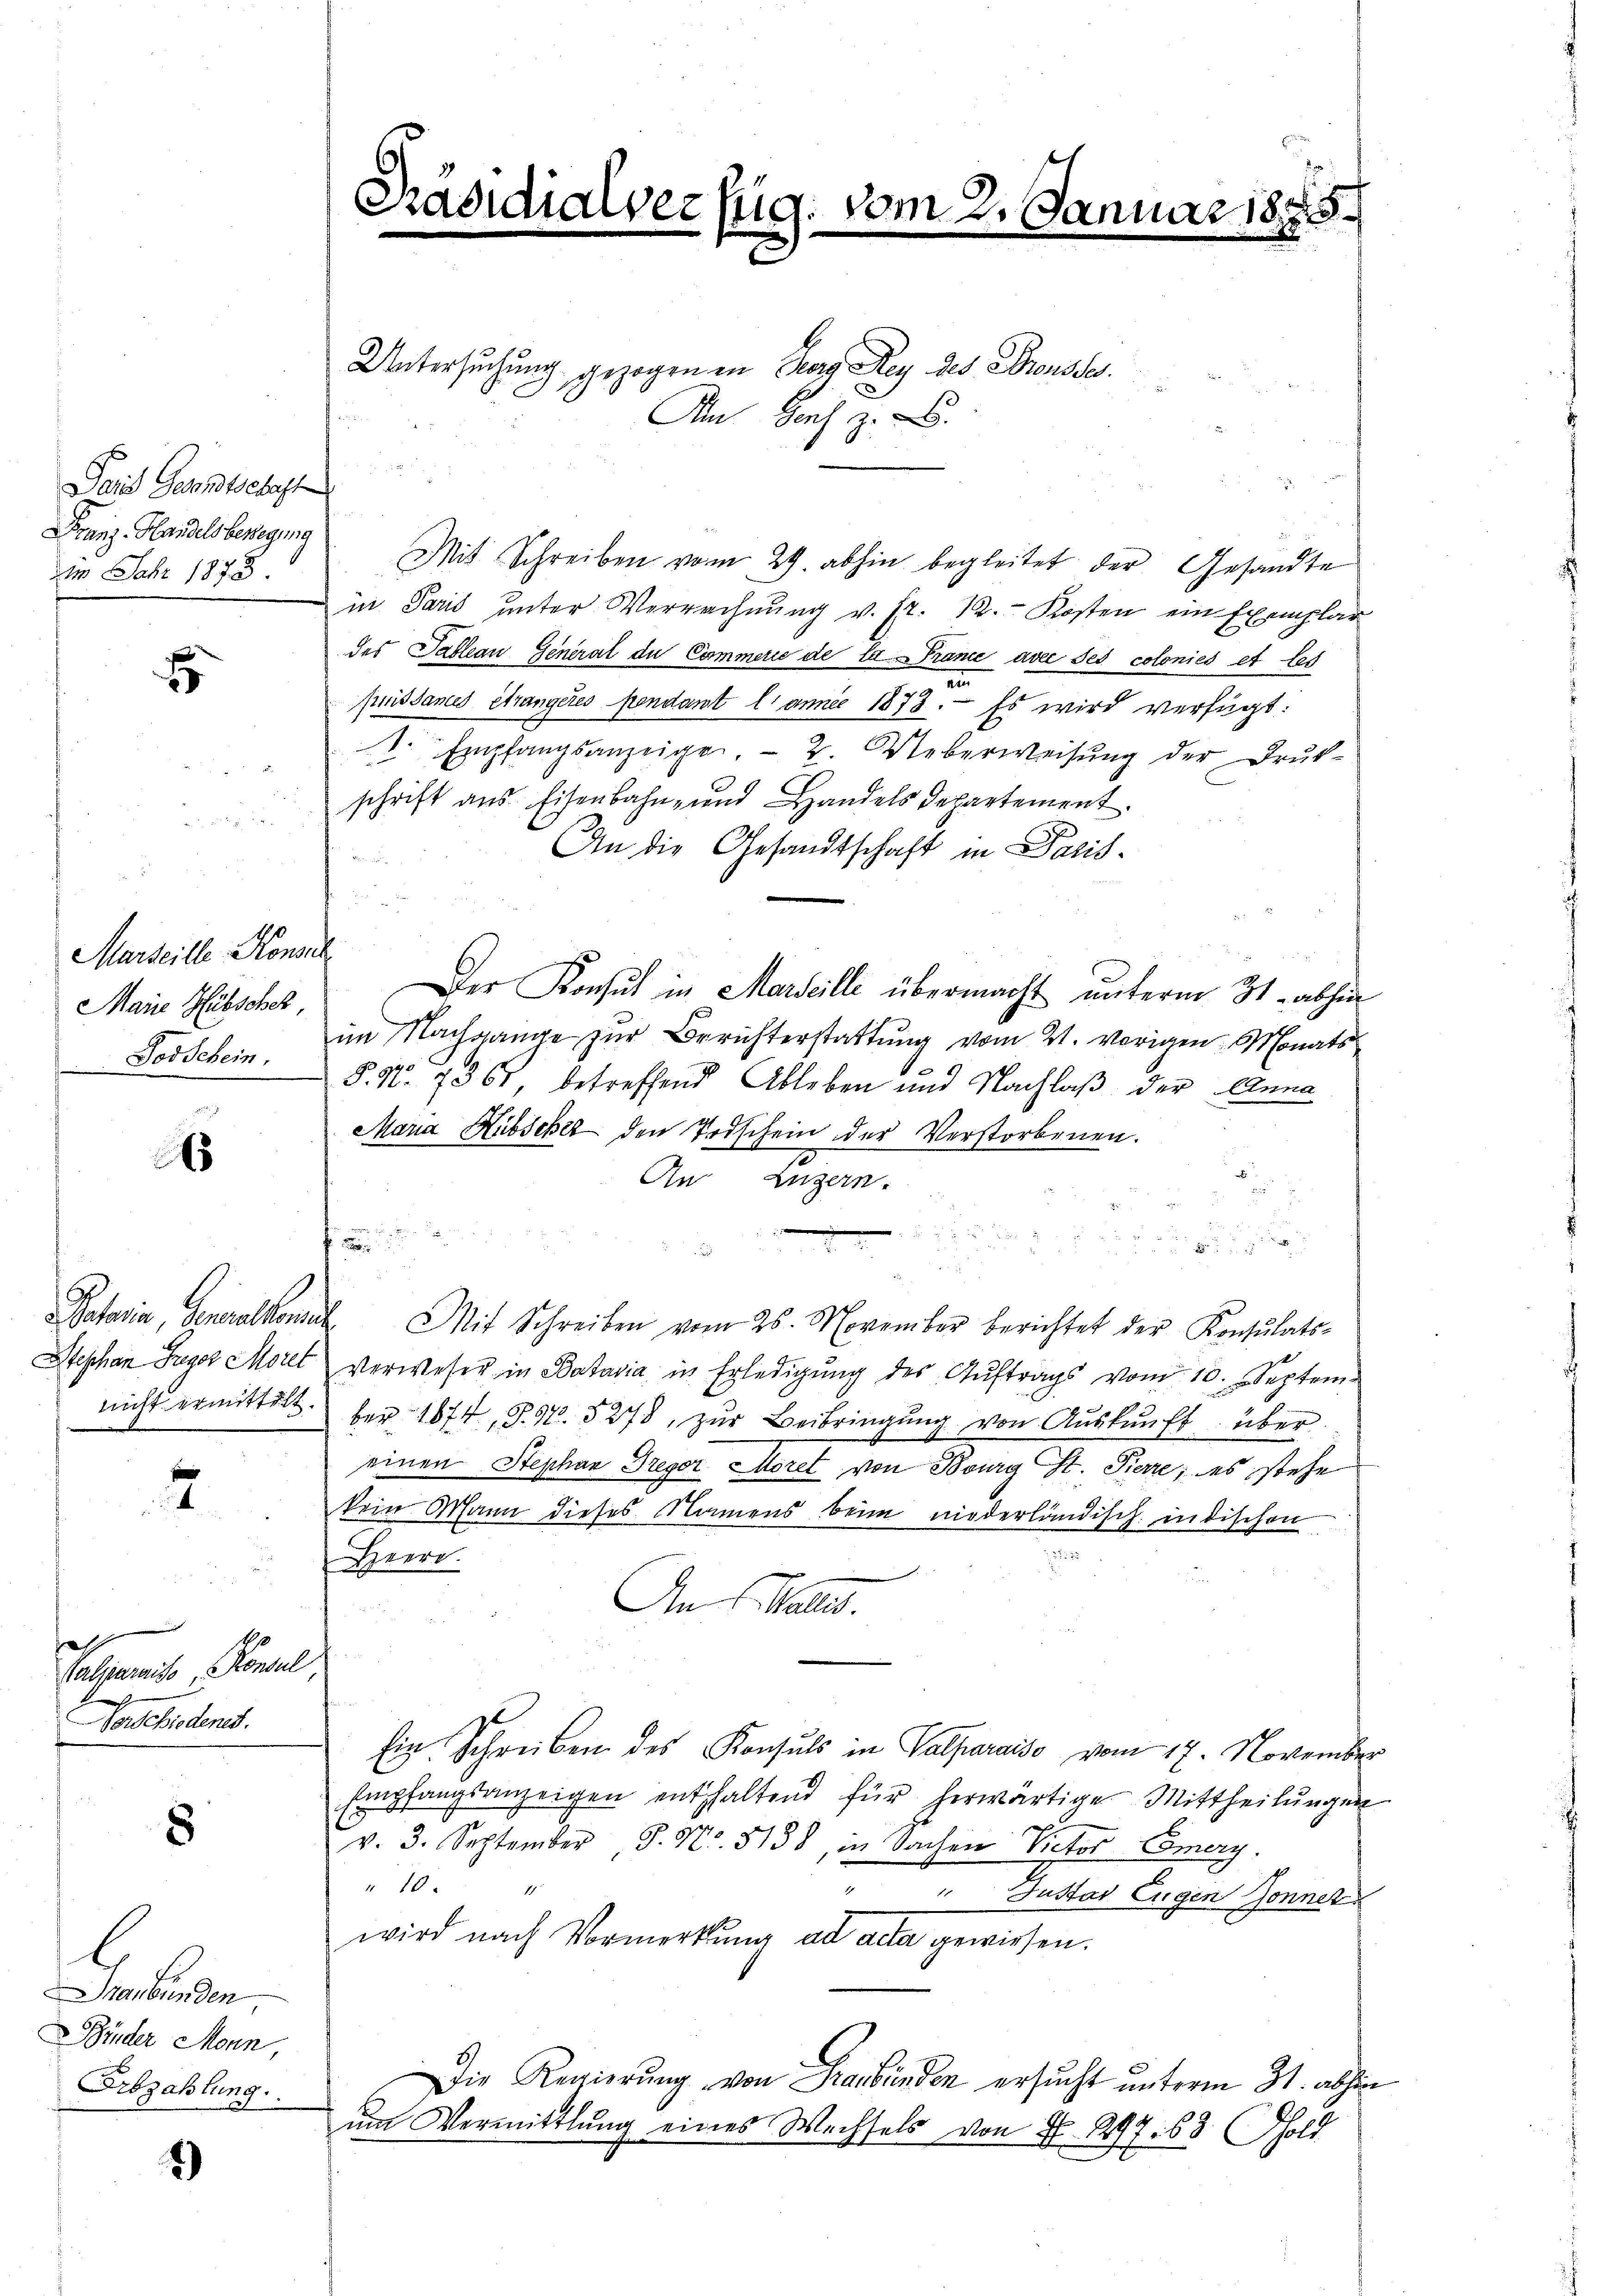
Sare Gesandtschaft
Franz-Handels bewegung
dem Jahr 1878

E

Marseille Konsul
Marie Hütsches,
Todschein.

6

4

of
Valpparaiso Konsul,
Sonchiedenes.

8

n
Binder Monn,
Erbzahlung.

2)

Präsidialverzug. vom 2. Januar

Untersuchung gezogenen Berg sey des Scheusse
Am Hof z. B.

Mit Schreiben vom 29. abhin begleitet der Gesandte
in Paris unter Verrechnŭng v. fr. 12. Kosten ein Exemplar
des Tableau General du Commerie de la Prance avec ses colonies et led
puissances étrangeres pendant l’anni 1873. - Es wird verfügt:
. Empfangsanzeige. 2. Ueberweisŭng der Druk-
schrift aus Eisenbahn- und Handels Departement.
An die Gesandtschaft in Paris¬
Der Konsul in Marseille übermacht unterm 31. abhin
im Nachgange zur Berichterstattung vom 21. vorigen Monats
§. 11. 7361 betreffend Ableben und Nachlaß der Anna
Mara Hubscher den Todschein der Verstorbenen.
.
An Luzern.

u
.
.

Pataria, Generalkonsul Mit Schreiben vom 26. November berichtet der Konsulats-
Stephan Zuger Morel verweser in Batavia in Erledigŭng des Aŭftrags vom 10. Septem
nicht ermittelt ber 1874, S. 97. 5278, zŭr Beibringŭng von Aŭskŭnft über
einen Stephan Gregor Moret von Bourg St. Pierre; es stehe
kein Wann dieses Namens beim niederländisch indischen
n
Heerd
An Maler.
Ein Schreiben des Konsuls in Valparaiso vom 17. November
Empfangsanzeigen enthaltend für herwärtige Mittheilungen
v. 3. September, S. Nr. 5158, in Sachen Victor Emery.
10
" " Justav Eugen Sonnet
wird nach Vormerkung ad acta gewiesen.
Die Regierung von Graubünden ersucht unterm 31. abhin
um Vermittlung eines Wechsels von Fr. 297. 63 hold

2 185

e